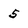
Character: 5